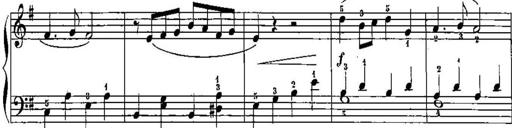
Title: Trois sonatines
Composer: Maurice Emmanuel